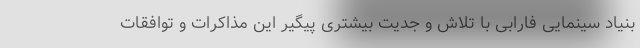
بنیاد سینمایی فارابی با تلاش و جدیت بیشتری پیگیر این مذاکرات و توافقات